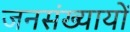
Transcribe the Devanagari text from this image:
जनसंख्यायों